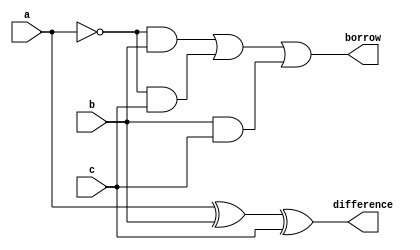
`timescale 1ns / 1ps

module full_subtractor(a,b,c,difference,borrow);

input a,b,c;
output difference,borrow;
wire abar,w1,w2,w3;

not g1(abar,a);

xor g2(difference,a,b,c);
and g3(w1,abar,b);
and g4(w2,abar,c);
and g5(w3,b,c);
or g6(borrow,w1,w2,w3);

endmodule